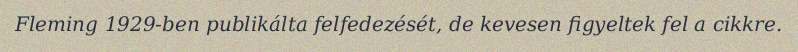
Fleming 1929-ben publikálta felfedezését, de kevesen figyeltek fel a cikkre.